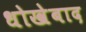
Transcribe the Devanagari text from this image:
धोखेबाद